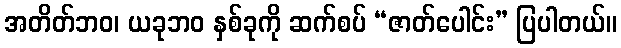
အတိတ်ဘဝ၊ ယခုဘဝ နှစ်ခုကို ဆက်စပ် “ဇာတ်ပေါင်း” ပြပါတယ်။